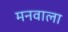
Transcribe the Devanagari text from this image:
मनवाला